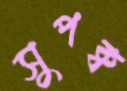
সুপক্ব